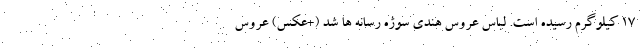
۱۷ کیلوگرم رسیده است. لباس عروسِ هندی سوژه رسانه ها شد (+عکس) عروس